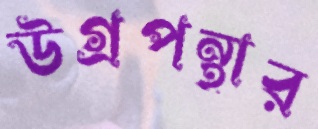
উগ্রপন্থার